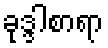
ခုဒ္ဒါစာရာ